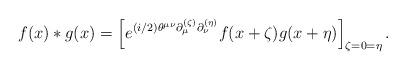
LaTeX: \begin{align*}f(x) \ast g(x) = \left[e^{(i/2) \theta^{\mu \nu}\partial^{(\zeta)}_{\mu} \partial^{(\eta)}_{\nu}} f(x + \zeta) g(x +\eta) \right]_{\zeta=0=\eta}.\end{align*}